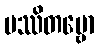
ပဿိတဗ္ဗော